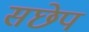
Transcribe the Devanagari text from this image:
सछेप